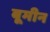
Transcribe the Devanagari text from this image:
बूमीन